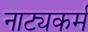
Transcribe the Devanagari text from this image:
नाट्यकर्म